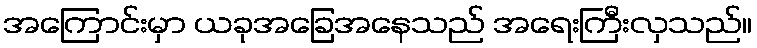
အကြောင်းမှာ ယခုအခြေအနေသည် အရေးကြီးလှသည်။